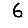
Digit: 6